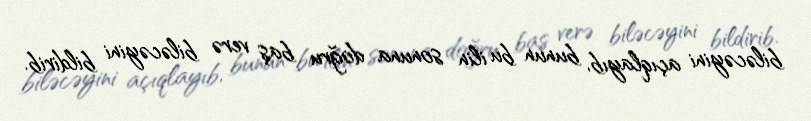
biləcəyini açıqlayıb, bunun bu ilin sonuna doğru baş verə biləcəyini bildirib.